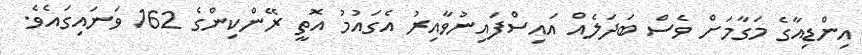
އިންޑިއާގެ މަގާމަށް ވެސް ބަދަލެއް އައިސްފައިނުވާއިރު އެގައުމު އޮތީ ރޭންކިންގެ 162 ވަނައިގައެވެ.